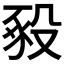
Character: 𧰵